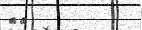
٤٢